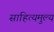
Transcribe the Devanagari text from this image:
साहित्यमुल्य